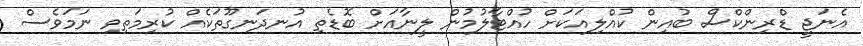
އެނަޖީ ޑްރިންކްސް ބުއިން ކުއްލިއަކަށް ހުއްޓާލުމުން ލީނާއަށް ބޮޑެތި އުނދަނގޫތަކެއް ކުރިމަތިވި ނަމަވެސް